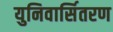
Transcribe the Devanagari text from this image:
युनिवार्सितरण